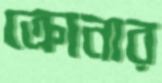
ক্রোনার